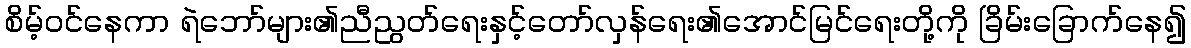
စိမ့်ဝင်နေကာ ရဲဘော်များ၏ညီညွတ်ရေးနှင့်တော်လှန်ရေး၏အောင်မြင်ရေးတို့ကို ခြိမ်းခြောက်နေ၍